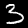
Label: 3